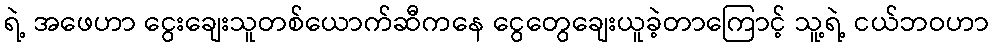
ရဲ့ အဖေဟာ ငွေးချေးသူတစ်ယောက်ဆီကနေ ငွေတွေချေးယူခဲ့တာကြောင့် သူ့ရဲ့ ငယ်ဘဝဟာ